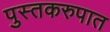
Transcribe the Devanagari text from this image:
पुस्तकरुपात